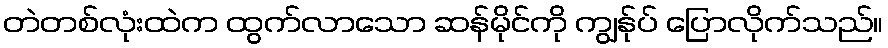
တဲတစ်လုံးထဲက ထွက်လာသော ဆန်မိုင်ကို ကျွန်ုပ် ပြောလိုက်သည်။